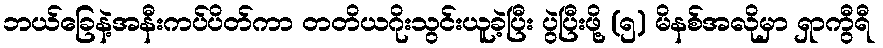
ဘယ်ခြေနဲ့အနီးကပ်ပိတ်ကာ တတိယဂိုးသွင်းယူခဲ့ပြီး ပွဲပြီးဖို့ (၅) မိနစ်အလိုမှာ ရှာကွီရီ